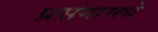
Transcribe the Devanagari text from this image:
प्रसंगामधे